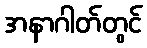
အနာဂါတ်တွင်